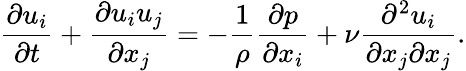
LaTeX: {\frac{\partial u_{i}}{\partial t}}+{\frac{\partial u_{i}u_{j}}{\partial x_{j}}}=-{\frac{1}{\rho}}{\frac{\partial p}{\partial x_{i}}}+\nu{\frac{\partial^{2}u_{i}}{\partial x_{j}\partial x_{j}}}.